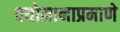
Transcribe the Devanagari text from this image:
वयोमानाप्रमाणे